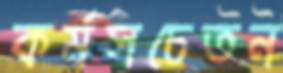
কর্মসচেতন